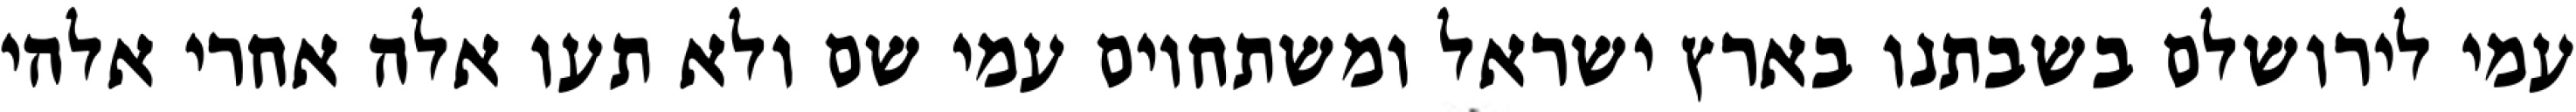
עמי לירושלם בשבתנו בארץ ישראל ומשתחוים עמי שם ולא תעו אלה אחרי אלהי